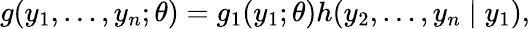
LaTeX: g(y_{1},\dots,y_{n};\theta)=g_{1}(y_{1};\theta)h(y_{2},\dots,y_{n}\mid y_{1}),